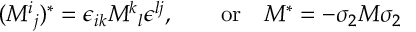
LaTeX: ( M ^ { i } { } _ { j } ) ^ { * } = \epsilon _ { i k } M ^ { k } { } _ { l } \epsilon ^ { l j } , \qquad \mathrm { o r } \quad M ^ { * } = - \sigma _ { 2 } M \sigma _ { 2 }